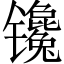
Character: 镵